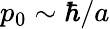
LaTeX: p_{0}\sim\hbar/a